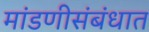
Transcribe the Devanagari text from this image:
मांडणीसंबंधात